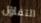
التفاؤل